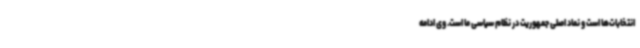
انتخابات‌ها است و نماد اصلی جمهوریت در نظام سیاسی ما است. وی ادامه